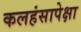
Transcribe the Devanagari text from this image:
कलहंसापेक्षा